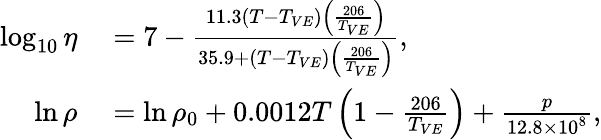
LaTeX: \begin{array}{rl}{\log_{10}\eta}&{{}=7-\frac{11.3\left(T-T_{VE}\right)\left(\frac{206}{T_{VE}}\right)}{35.9+\left(T-T_{VE}\right)\left(\frac{206}{T_{VE}}\right)},}\\ {\ln\rho}&{{}=\ln\rho_{0}+0.0012T\left(1-\frac{206}{T_{VE}}\right)+\frac{p}{12.8\times 10^{8}},}\end{array}